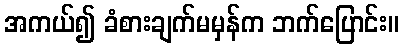
အကယ်၍ ခံစားချက်မမှန်က ဘက်ပြောင်း။